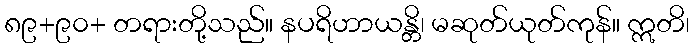
၈၉+၉၀+ တရားတို့သည်။ နပရိဟာယန္တိ၊ မဆုတ်ယုတ်ကုန်။ ဣတိ၊